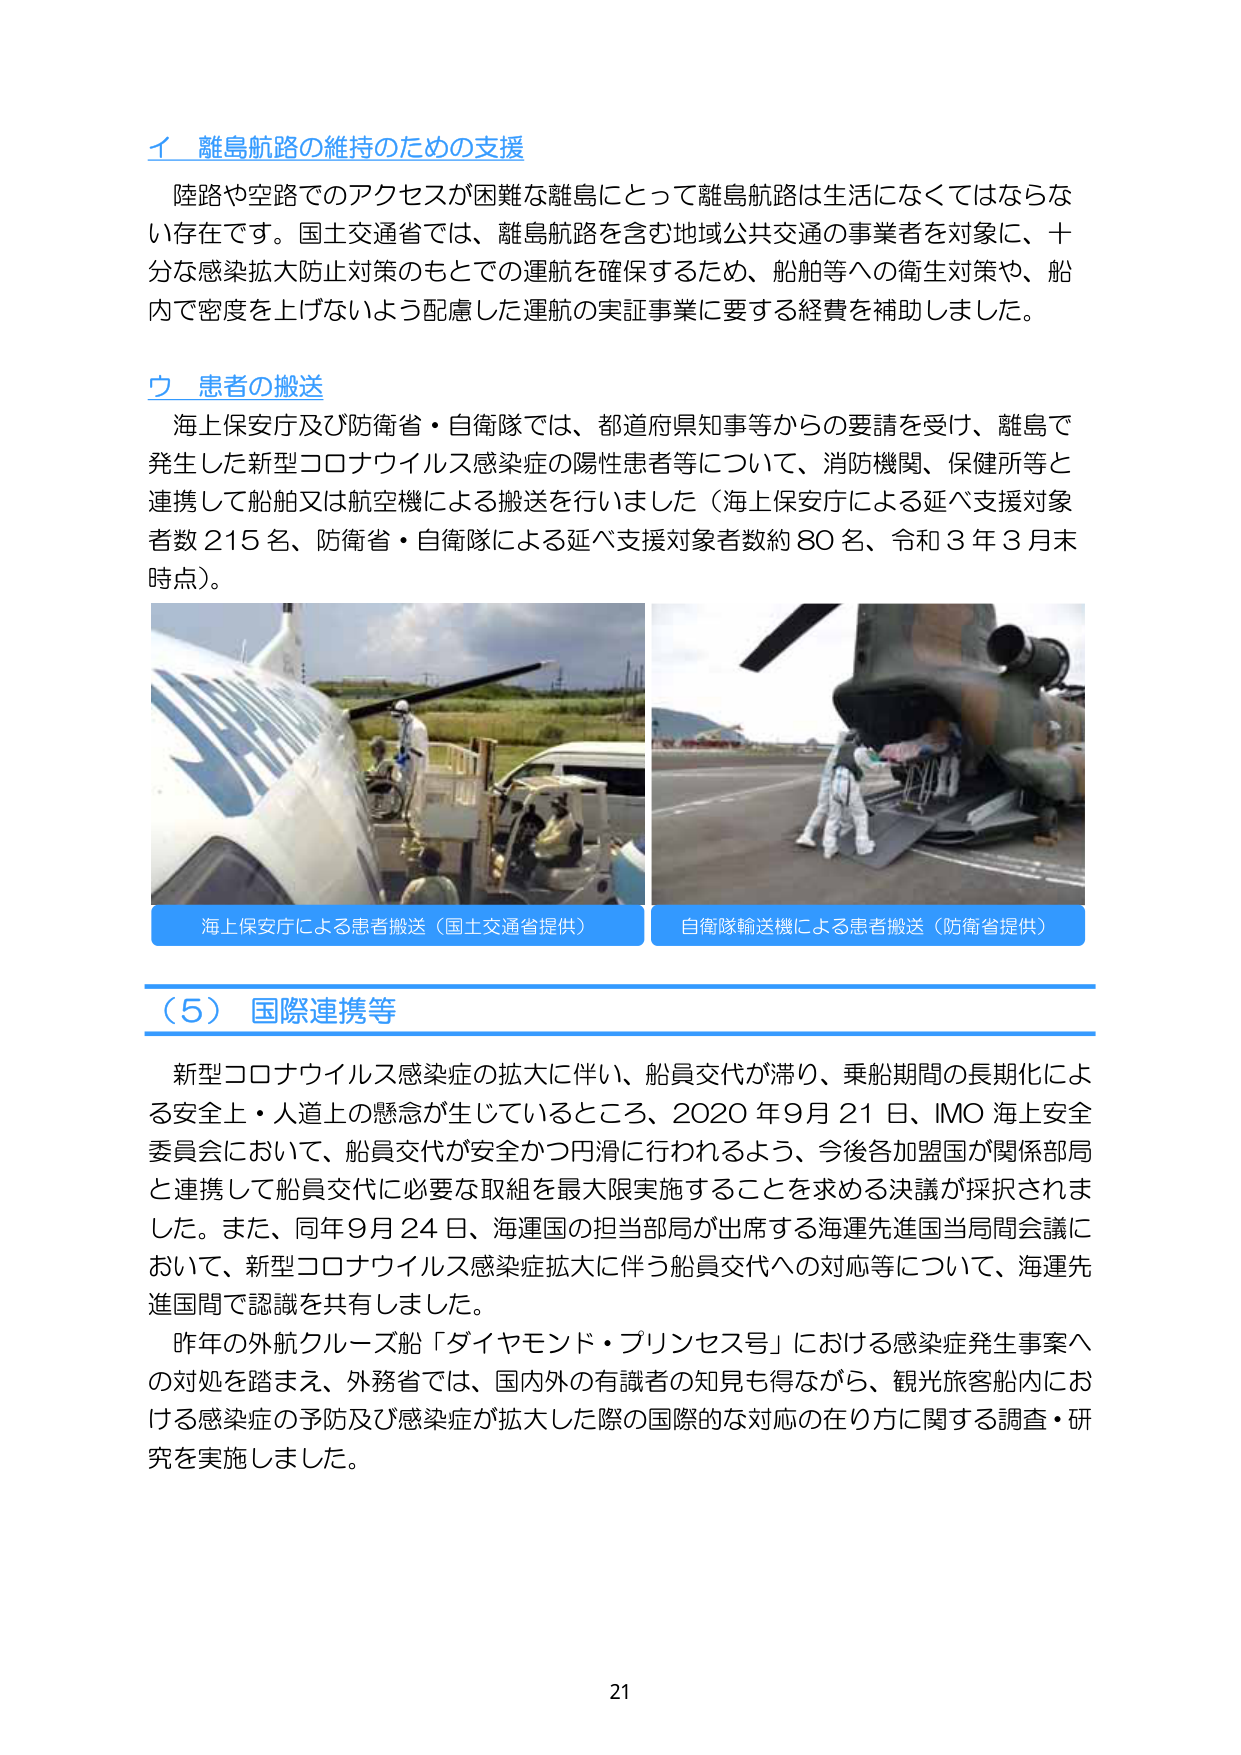
イ 離島航路の維持のための支援
陸路や空路でのアクセスが困難な離島にとって離島航路は生活になくてはならない存在です。国土交通省では、離島航路を含む地域公共交通の事業者を対象に、十分な感染拡大防止対策のもとでの運航を確保するため、船舶等への衛生対策や、船内で密度を上げないよう配慮した運航の実証事業に要する経費を補助しました。

ウ 患者の搬送
海上保安庁及び防衛省・自衛隊では、都道府県知事等からの要請を受け、離島で発生した新型コロナウイルス感染症の陽性患者等について、消防機関、保健所等と連携して船舶又は航空機による搬送を行いました（海上保安庁による延べ支援対象者数215名、防衛省・自衛隊による延べ支援対象者数約80名、令和3年3月末時点）。

海上保安庁による患者搬送（国土交通省提供）
自衛隊輸送機による患者搬送（防衛省提供）

（5）国際連携等
新型コロナウイルス感染症の拡大に伴い、船員交代が滞り、乗船期間の長期化による安全上・人道上の懸念が生じているところ、2020年9月21日、IMO海上安全委員会において、船員交代が安全かつ円滑に行われるよう、今後各加盟国が関係部局と連携して船員交代に必要な取組を最大限実施することを求める決議が採択されました。また、同年9月24日、海運国の担当部局が出席する海運先進国当局間会議において、新型コロナウイルス感染症拡大に伴う船員交代への対応等について、海運先進国間で認識を共有しました。
昨年の外航クルーズ船「ダイヤモンド・プリンセス号」における感染症発生事案への対処を踏まえ、外務省では、国内外の有識者の知見も得ながら、観光旅客船内における感染症の予防及び感染症が拡大した際の国際的な対応の在り方に関する調査・研究を実施しました。

21